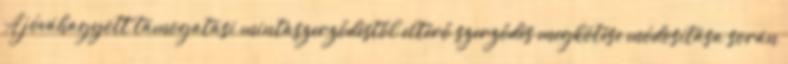
A jóváhagyott támogatási mintaszerződéstől eltérő szerződés megkötése módosítása során